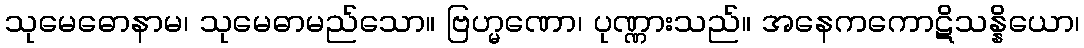
သုမေဓောနာမ၊ သုမေဓာမည်သော။ ဗြဟ္မဏော၊ ပုဏ္ဏားသည်။ အနေကကောဋိသန္နိယော၊